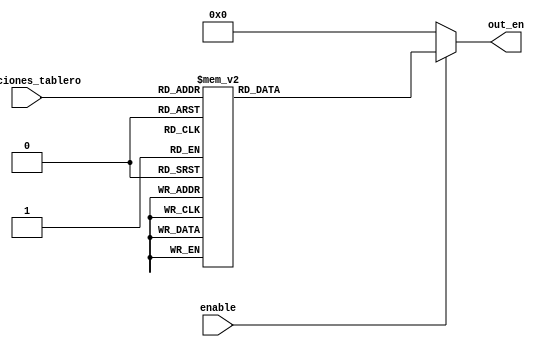
module Posiciones(
    input[3:0] posiciones_tablero, 
    input enable, 
    output wire [15:0] out_en
);
    reg[15:0] temp1;
    assign out_en = (enable==1'b1)?temp1:16'd0;

    /*se decodifican las posiciones para que el proceso de detectar espacio, movimiento ilegal y 
        ganador sea mas facil al analizar bit encendido por posicion. 
        Recordar que se usan registros de 4 bits para almacenar la2 9 combinaciones de las 9 posiciones
        el mayor valor representado por los 4 bits son 16 valores, es por eso que se codifican
        los 16 valores de los cuales luego solo se usan 9.
    */

    always @(*)
    begin
        case(posiciones_tablero)
            4'd0: temp1 <= 16'b0000000000000001;
            4'd1: temp1 <= 16'b0000000000000010; 
            4'd2: temp1 <= 16'b0000000000000100;
            4'd3: temp1 <= 16'b0000000000001000;
            4'd4: temp1 <= 16'b0000000000010000;
            4'd5: temp1 <= 16'b0000000000100000;
            4'd6: temp1 <= 16'b0000000001000000;
            4'd7: temp1 <= 16'b0000000010000000;
            4'd8: temp1 <= 16'b0000000100000000;
            4'd9: temp1 <= 16'b0000001000000000;
            4'd10: temp1 <= 16'b0000010000000000;
            4'd11: temp1 <= 16'b0000100000000000;
            4'd12: temp1 <= 16'b0001000000000000;
            4'd13: temp1 <= 16'b0010000000000000;
            4'd14: temp1 <= 16'b0100000000000000;
            4'd15: temp1 <= 16'b1000000000000000;
            default: temp1 <= 16'b0000000000000001; 
        endcase 
    end 
endmodule